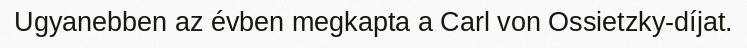
Ugyanebben az évben megkapta a Carl von Ossietzky-díjat.